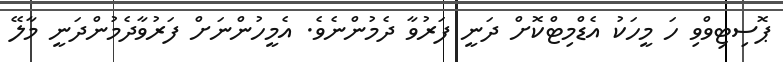
ޕޮސިޓިވްވި ހަ މީހަކު އެޑްމިޓްކޮށް ދަނީ ފަރުވާ ދެމުންނެވެ. އެމީހުންނަށް ފަރުވާދެމުންދަނީ މާލޭ